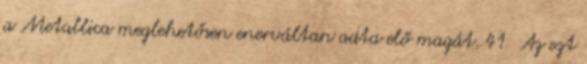
a Metallica meglehetősen enerváltan adta elő magát. 41 Az ezt